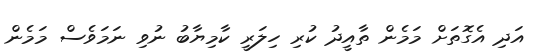
އަދި އެގޮތަށް މަމެން ތާއީދު ކުރި ހިލަރީ ކާމިޔާބު ނުވި ނަމަވެސް މަމެން